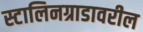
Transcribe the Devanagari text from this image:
स्टालिनग्राडावरील